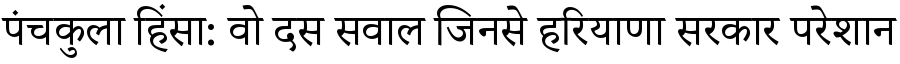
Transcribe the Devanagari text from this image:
पंचकुला हिंसा: वो दस सवाल जिनसे हरियाणा सरकार परेशान